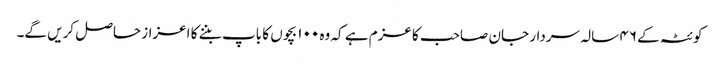
کوئٹہ کے ۴۶ سالہ سردار جان صاحب کا عزم ہے کہ وہ ۱۰۰ بچوں کا باپ بننے کا اعزاز حاصل کریں گے۔